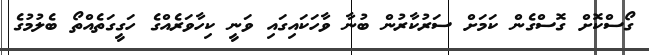
ގޯސްކޮށް ގޮސްގެން ކަމަށް ސަރުކާރުން ބުނާ ވާހަކައިގައި ވަނީ ކިހާވަރެއްގެ ހަގީގަތެއްތޯ ބެލުމުގެ